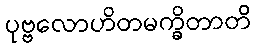
ပုဗ္ဗလောဟိတမက္ခိတာတိ